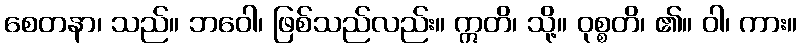
စေတနာ၊ သည်။ ဘဝေါ၊ ဖြစ်သည်လည်း။ ဣတိ၊ သို့။ ဝုစ္စတိ၊ ၏။ ဝါ၊ ကား။